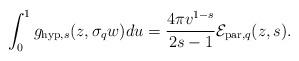
LaTeX: \begin{align*}\int_{0}^{1}g_{\mathrm{hyp},s}(z,\sigma_{q}w)du=\frac{4\pi v^{1-s}}{2s-1}\mathcal{E}_{\mathrm{par},q}(z,s).\end{align*}